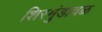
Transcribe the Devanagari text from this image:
शिरमुंडावळ